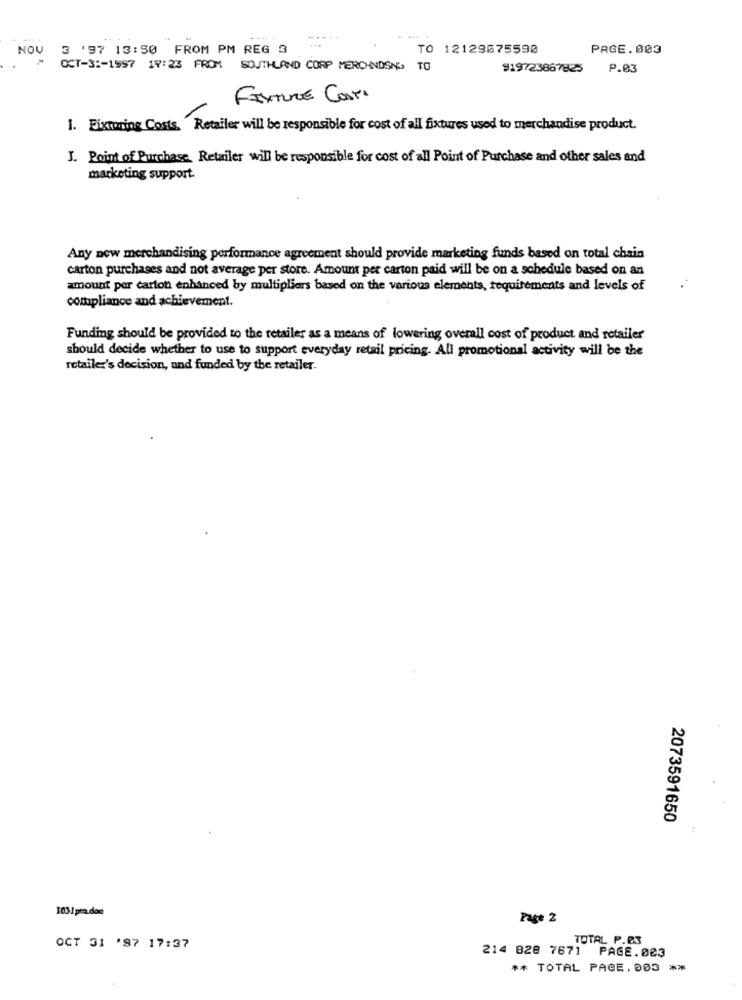
NOV
3 '97 13:50 FROM PM REG 3
TO 12129675590
PAGE.003
OCT-3 :- 1997 17:23 FROM SOUTHLAND CORP MERCHNOSNO TO
919723867825
P.03
FIXTURE COSTA
1. Fixturing Costs. Retailer will be responsible for cost of all fixtures used to merchandise product.
J. Point of Purchase. Retailer will be responsible for cost of all Point of Purchase and other sales and
marketing support.
Any new merchandising performance agreement should provide marketing funds based on total chain
carton purchases and not average per store. Amount per carton paid will be on a schedule based on an
amount per carton enhanced by multipliers based on the various elements, requirements and levels of
compliance and achievement.
Funding should be provided to the retailer as a means of lowering overall cost of product and retailer
should decide whether to use to support everyday retail pricing. All promotional activity will be the
retailer's decision, and funded by the retailer.
2073591650
1031 pra.doe
Page 2
TOTAL P.03
OCT 31 '97 17:37
214 828 7671 PAGE.003
** TOTAL PAGE.003 **